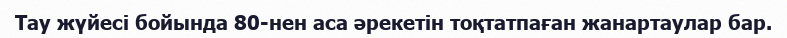
Тау жүйесі бойында 80-нен аса әрекетін тоқтатпаған жанартаулар бар.